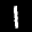
Label: 1